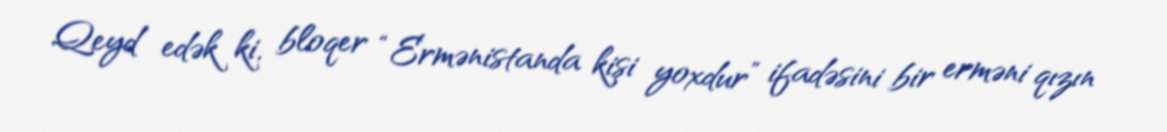
Qeyd edək ki, bloqer “Ermənistanda kişi yoxdur” ifadəsini bir erməni qızın